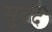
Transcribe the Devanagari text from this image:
मु्ददे